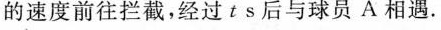
的速度前往拦截，经过ts后与球员A相遇.